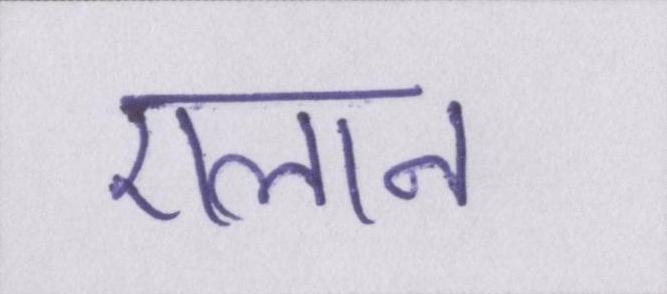
एलान